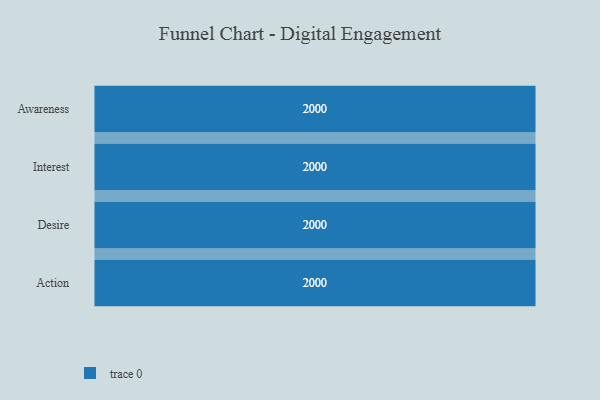
{"axis": {"x": "Stage", "y": "Value"}, "legend": [""], "data": [{"x": "Awareness", "y": 2000, "type": ""}, {"x": "Interest", "y": 2000, "type": ""}, {"x": "Desire", "y": 2000, "type": ""}, {"x": "Action", "y": 2000, "type": ""}]}